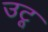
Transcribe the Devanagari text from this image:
उटू